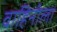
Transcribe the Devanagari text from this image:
वाहिनीला